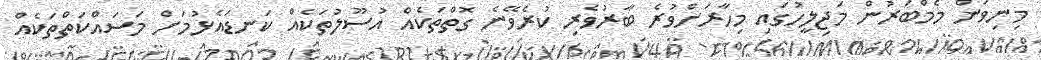
މިނިވަން މެމްބަރުން މަޖިލީހުގައި މިހާރަށްވުރެ ބާރުވެރި ކުރެވޭނެ ގޮތްތަކެއް އުސޫލުތަކެއް ކަނޑައެޅުމަށް މަސައްކަތްތަކެއް